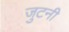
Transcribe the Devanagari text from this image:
जुटनी